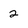
Character: 2